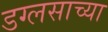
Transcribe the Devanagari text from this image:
डग्लसाच्या